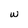
Character: w